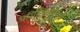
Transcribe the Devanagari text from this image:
परिस्थितीतूनही